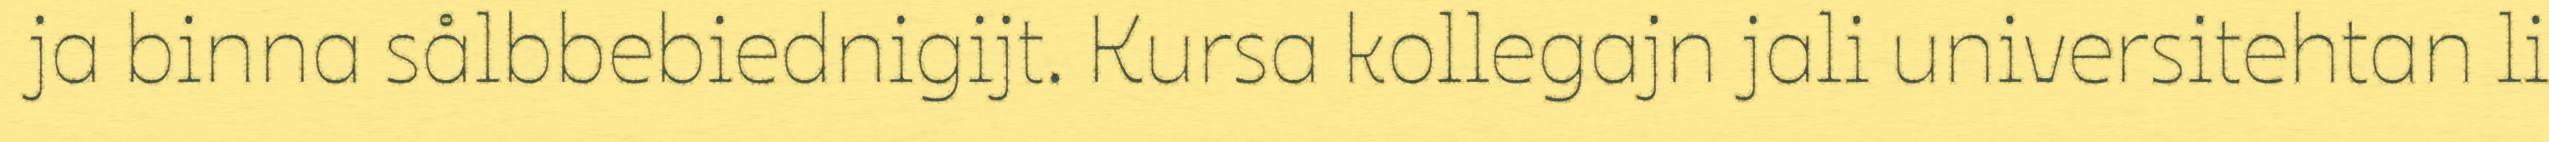
ja binna sålbbebiednigijt. Kursa kollegajn jali universitehtan li